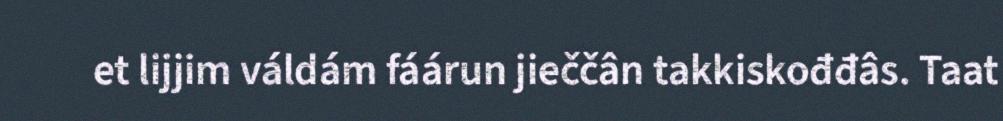
et lijjim váldám fáárun jieččân takkiskođđâs. Taat